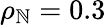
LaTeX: \rho_{\mathbb{N}}=0.3